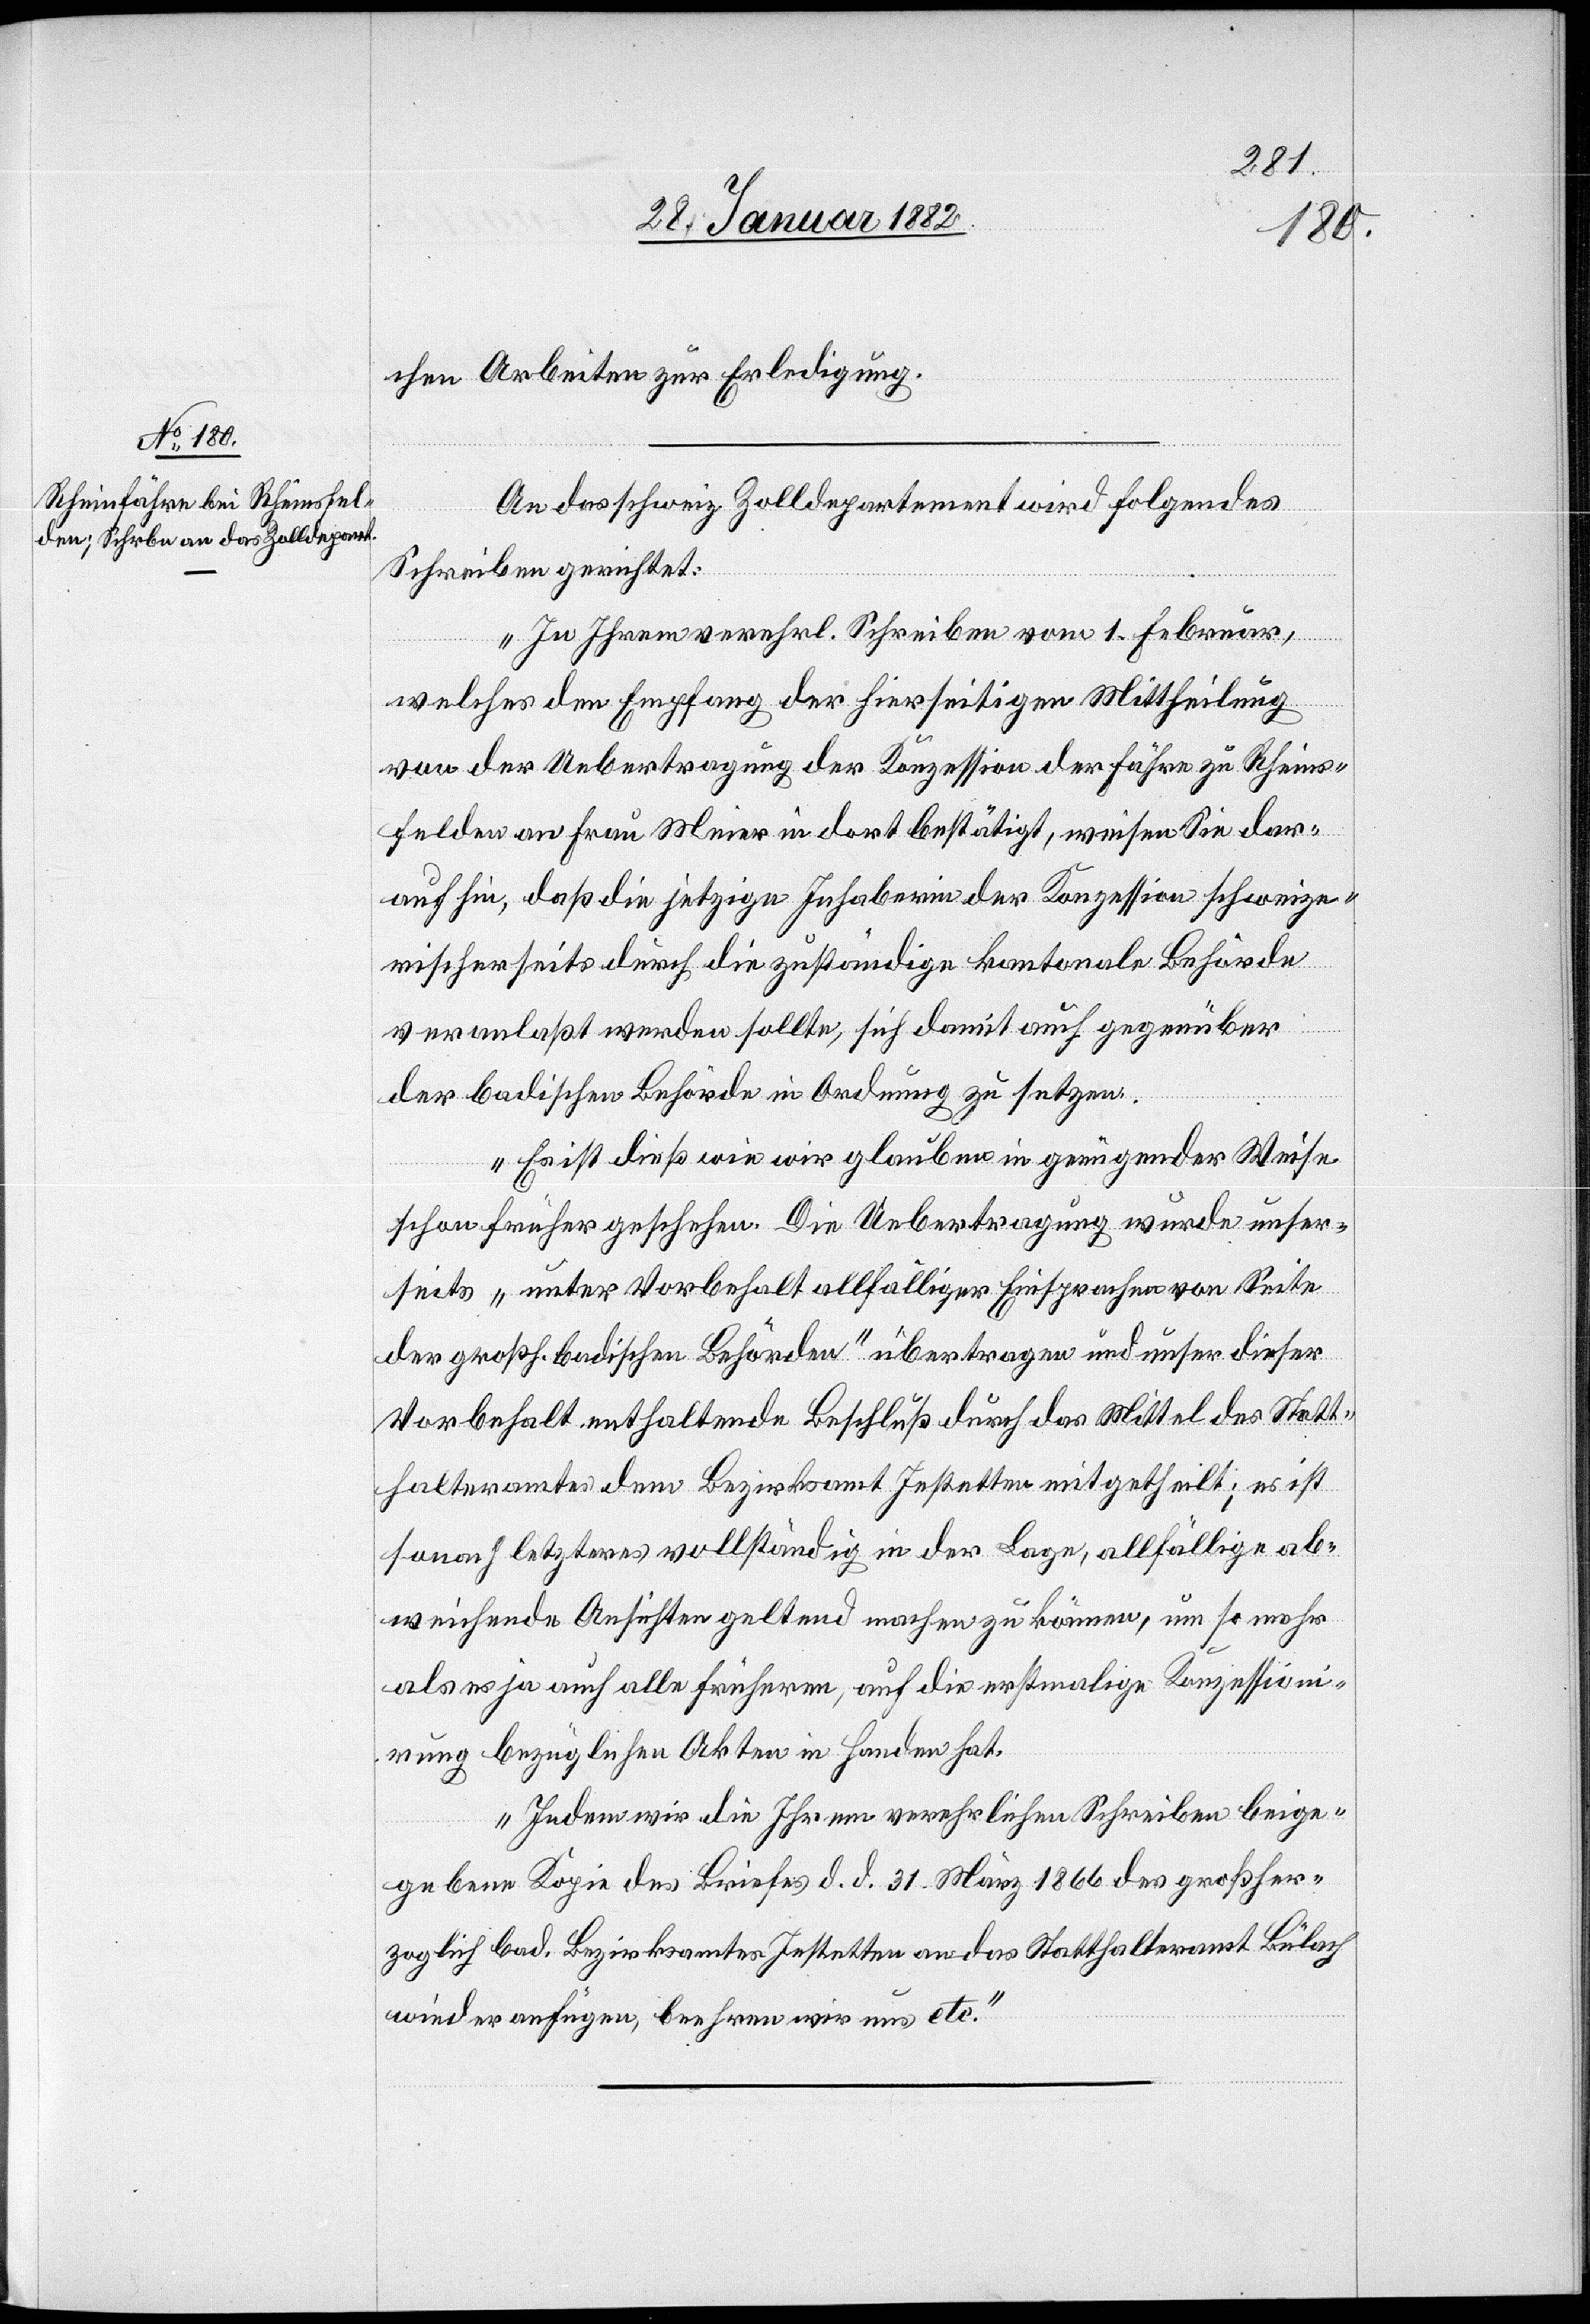
chen Arbeiten zur Erledigung.
An das schweiz. Zolldepartement wird folgendes
Schreiben gerichtet:
„In Ihren verehrl. Schreiben vom 1. Februar,
welches den Empfang der hierseitigen Mittheilung
von der Uebertragung der Konzession der Fähre zu Rheins¬
felden an Frau Meier in dort bestätigt, wiesen Sie dar¬
auf hin, daß die jetzige Inhaberin der Konzession schweize¬
rischerseits durch die zuständige kantonale Behörde
veranlaßt werden sollte, sich damit auch gegenüber
der badischen Behörde in Ordnung zu setzen.
Es ist dieß wie wir glauben in genügender Weise
schon früher geschehen. Die Uebertragung wurde unser¬
seits „unter Vorbehalt allfälliger Einsprachen von Seite
der großh. badischen Behörde“ übertragen und unser dieser
Vorbehalt enthaltende Beschluß durch das Mittel des Statt¬
halteramtes dem Bezirksamt Jestetten mitgetheilt; es ist
sonach letzteres vollständig in der Lage, allfällige ab¬
weisende Aussichten gelten machen zu können, um so mehr
als es ja auch alle früheren, auf die erstmalige Konzessionie¬
rung bezüglichen Akten in Handen hat.
Indem wir die Ihrem verehrlichen Schreiben beige¬
gebene Kopie des Briefes d. d. 31. März 1866 des großher¬
zoglich bad. Bezirksamtes Jestetten an das Statthalteramt Bülach
wieder anfügen, beehren wir uns etc.